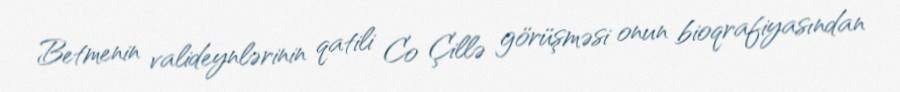
Betmenin valideynlərinin qatili Co Çillə görüşməsi onun bioqrafiyasından